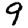
Digit: 9